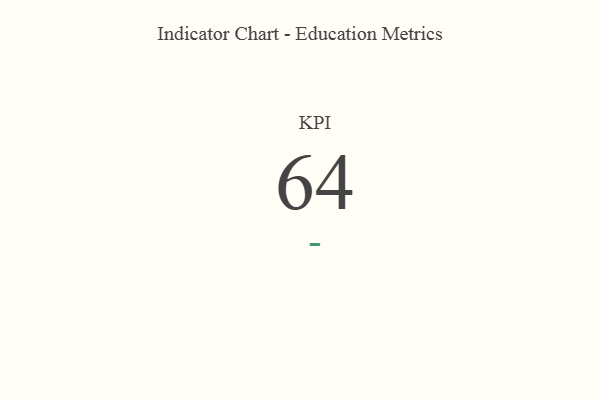
{"axis": {"x": "KPI", "y": "Value"}, "legend": [""], "data": [{"x": "KPI", "y": 64, "type": ""}]}